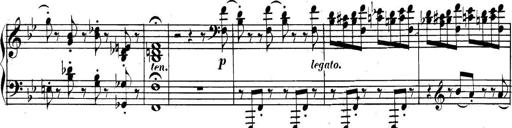
Title: Collected Piano Sonatas
Composer: Muzio Clementi